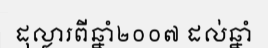
ដុល្លារពីឆ្នាំ២០០៧ ដល់ឆ្នាំ